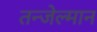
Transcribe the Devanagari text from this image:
तन्जेल्मान